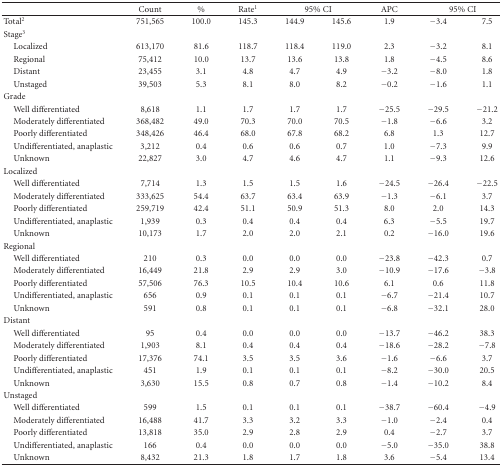
<table><thead><tr><td><b> </b></td><td><b>Count</b></td><td><b>%</b></td><td><b>Rate<sup>1</sup></b></td><td colspan="2"><b>95% CI</b></td><td><b>APC</b></td><td colspan="2"><b>95% CI</b></td></tr></thead><tbody><tr><td>Total<sup>2</sup></td><td>751,565</td><td>100.0</td><td>145.3</td><td>144.9</td><td>145.6</td><td>1.9</td><td>−3.4</td><td>7.5</td></tr><tr><td>Stage<sup>3</sup></td><td> </td><td> </td><td> </td><td> </td><td> </td><td> </td><td> </td><td> </td></tr><tr><td> Localized</td><td>613,170</td><td>81.6</td><td>118.7</td><td>118.4</td><td>119.0</td><td>2.3</td><td>−3.2</td><td>8.1</td></tr><tr><td> Regional</td><td>75,412</td><td>10.0</td><td>13.7</td><td>13.6</td><td>13.8</td><td>1.8</td><td>−4.5</td><td>8.6</td></tr><tr><td> Distant</td><td>23,455</td><td>3.1</td><td>4.8</td><td>4.7</td><td>4.9</td><td>−3.2</td><td>−8.0</td><td>1.8</td></tr><tr><td> Unstaged</td><td>39,503</td><td>5.3</td><td>8.1</td><td>8.0</td><td>8.2</td><td>−0.2</td><td>−1.6</td><td>1.1</td></tr><tr><td>Grade</td><td> </td><td> </td><td> </td><td> </td><td> </td><td> </td><td> </td><td> </td></tr><tr><td> Well differentiated</td><td>8,618</td><td>1.1</td><td>1.7</td><td>1.7</td><td>1.7</td><td>−25.5</td><td>−29.5</td><td>−21.2</td></tr><tr><td> Moderately differentiated</td><td>368,482</td><td>49.0</td><td>70.3</td><td>70.0</td><td>70.5</td><td>−1.8</td><td>−6.6</td><td>3.2</td></tr><tr><td> Poorly differentiated</td><td>348,426</td><td>46.4</td><td>68.0</td><td>67.8</td><td>68.2</td><td>6.8</td><td>1.3</td><td>12.7</td></tr><tr><td> Undifferentiated, anaplastic</td><td>3,212</td><td>0.4</td><td>0.6</td><td>0.6</td><td>0.7</td><td>1.0</td><td>−7.3</td><td>9.9</td></tr><tr><td> Unknown</td><td>22,827</td><td>3.0</td><td>4.7</td><td>4.6</td><td>4.7</td><td>1.1</td><td>−9.3</td><td>12.6</td></tr><tr><td>Localized</td><td> </td><td> </td><td> </td><td> </td><td> </td><td> </td><td> </td><td> </td></tr><tr><td> Well differentiated</td><td>7,714</td><td>1.3</td><td>1.5</td><td>1.5</td><td>1.6</td><td>−24.5</td><td>−26.4</td><td>−22.5</td></tr><tr><td> Moderately differentiated</td><td>333,625</td><td>54.4</td><td>63.7</td><td>63.4</td><td>63.9</td><td>−1.3</td><td>−6.1</td><td>3.7</td></tr><tr><td> Poorly differentiated</td><td>259,719</td><td>42.4</td><td>51.1</td><td>50.9</td><td>51.3</td><td>8.0</td><td>2.0</td><td>14.3</td></tr><tr><td> Undifferentiated, anaplastic</td><td>1,939</td><td>0.3</td><td>0.4</td><td>0.4</td><td>0.4</td><td>6.3</td><td>−5.5</td><td>19.7</td></tr><tr><td> Unknown</td><td>10,173</td><td>1.7</td><td>2.0</td><td>2.0</td><td>2.1</td><td>0.2</td><td>−16.0</td><td>19.6</td></tr><tr><td>Regional</td><td> </td><td> </td><td> </td><td> </td><td> </td><td> </td><td> </td><td> </td></tr><tr><td> Well differentiated</td><td>210</td><td>0.3</td><td>0.0</td><td>0.0</td><td>0.0</td><td>−23.8</td><td>−42.3</td><td>0.7</td></tr><tr><td> Moderately differentiated</td><td>16,449</td><td>21.8</td><td>2.9</td><td>2.9</td><td>3.0</td><td>−10.9</td><td>−17.6</td><td>−3.8</td></tr><tr><td> Poorly differentiated</td><td>57,506</td><td>76.3</td><td>10.5</td><td>10.4</td><td>10.6</td><td>6.1</td><td>0.6</td><td>11.8</td></tr><tr><td> Undifferentiated, anaplastic</td><td>656</td><td>0.9</td><td>0.1</td><td>0.1</td><td>0.1</td><td>−6.7</td><td>−21.4</td><td>10.7</td></tr><tr><td> Unknown</td><td>591</td><td>0.8</td><td>0.1</td><td>0.1</td><td>0.1</td><td>−6.8</td><td>−32.1</td><td>28.0</td></tr><tr><td>Distant</td><td> </td><td> </td><td> </td><td> </td><td> </td><td> </td><td> </td><td> </td></tr><tr><td> Well differentiated</td><td>95</td><td>0.4</td><td>0.0</td><td>0.0</td><td>0.0</td><td>−13.7</td><td>−46.2</td><td>38.3</td></tr><tr><td> Moderately differentiated</td><td>1,903</td><td>8.1</td><td>0.4</td><td>0.4</td><td>0.4</td><td>−18.6</td><td>−28.2</td><td>−7.8</td></tr><tr><td> Poorly differentiated</td><td>17,376</td><td>74.1</td><td>3.5</td><td>3.5</td><td>3.6</td><td>−1.6</td><td>−6.6</td><td>3.7</td></tr><tr><td> Undifferentiated, anaplastic</td><td>451</td><td>1.9</td><td>0.1</td><td>0.1</td><td>0.1</td><td>−8.2</td><td>−30.0</td><td>20.5</td></tr><tr><td> Unknown</td><td>3,630</td><td>15.5</td><td>0.8</td><td>0.7</td><td>0.8</td><td>−1.4</td><td>−10.2</td><td>8.4</td></tr><tr><td>Unstaged</td><td> </td><td> </td><td> </td><td> </td><td> </td><td> </td><td> </td><td> </td></tr><tr><td> Well differentiated</td><td>599</td><td>1.5</td><td>0.1</td><td>0.1</td><td>0.1</td><td>−38.7</td><td>−60.4</td><td>−4.9</td></tr><tr><td> Moderately differentiated</td><td>16,488</td><td>41.7</td><td>3.3</td><td>3.2</td><td>3.3</td><td>−1.0</td><td>−2.4</td><td>0.4</td></tr><tr><td> Poorly differentiated</td><td>13,818</td><td>35.0</td><td>2.9</td><td>2.8</td><td>2.9</td><td>0.4</td><td>−2.7</td><td>3.7</td></tr><tr><td> Undifferentiated, anaplastic</td><td>166</td><td>0.4</td><td>0.0</td><td>0.0</td><td>0.0</td><td>−5.0</td><td>−35.0</td><td>38.8</td></tr><tr><td> Unknown</td><td>8,432</td><td>21.3</td><td>1.8</td><td>1.7</td><td>1.8</td><td>3.6</td><td>−5.4</td><td>13.4</td></tr></tbody></table>